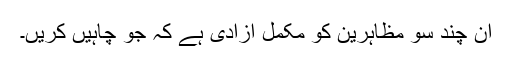
اُن چند سو مظاہرین کو مکمل آزادی ہے کہ جو چاہیں کریں۔